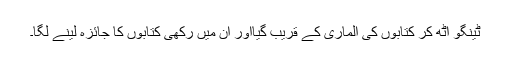
ٹینگو اٹھ کر کتابوں کی الماری کے قریب گیااور ان میں رکھی کتابوں کا جائزہ لینے لگا۔